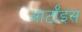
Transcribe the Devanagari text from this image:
आर्टॉइस